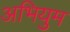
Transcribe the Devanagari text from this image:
अभियुम